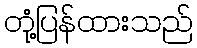
တုံ့ပြန်ထားသည်